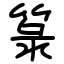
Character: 箓